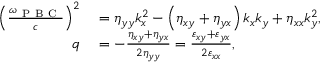
\begin{array} { r l } { \left( \frac { \omega _ { \mathrm { ~ P ~ B ~ C ~ } } } { c } \right) ^ { 2 } } & { { } = \eta _ { y y } k _ { x } ^ { 2 } - \left( \eta _ { x y } + \eta _ { y x } \right) k _ { x } k _ { y } + \eta _ { x x } k _ { y } ^ { 2 } , } \\ { q } & { { } = - \frac { \eta _ { x y } + \eta _ { y x } } { 2 \eta _ { y y } } = \frac { \varepsilon _ { x y } + \varepsilon _ { y x } } { 2 \varepsilon _ { x x } } , } \end{array}